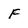
Character: F